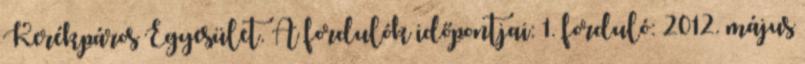
Kerékpáros Egyesület. A fordulók időpontjai: 1. forduló: 2012. május